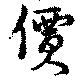
價